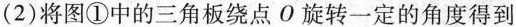
(2)将图①中的三角板绕点O旋转一定的角度得到